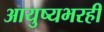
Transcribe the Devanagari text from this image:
आयुष्यभरही